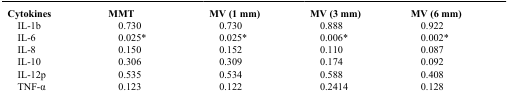
<table><thead><tr><td><b>Cytokines</b></td><td><b>MMT</b></td><td><b>MV (1 mm)</b></td><td><b>MV (3 mm)</b></td><td><b>MV (6 mm)</b></td></tr></thead><tbody><tr><td>IL-1b</td><td>0.730</td><td>0.730</td><td>0.888</td><td>0.922</td></tr><tr><td>IL-6</td><td>0.025*</td><td>0.025*</td><td>0.006*</td><td>0.002*</td></tr><tr><td>IL-8</td><td>0.150</td><td>0.152</td><td>0.110</td><td>0.087</td></tr><tr><td>IL-10</td><td>0.306</td><td>0.309</td><td>0.174</td><td>0.092</td></tr><tr><td>IL-12p</td><td>0.535</td><td>0.534</td><td>0.588</td><td>0.408</td></tr><tr><td>TNF-α</td><td>0.123</td><td>0.122</td><td>0.2414</td><td>0.128</td></tr></tbody></table>